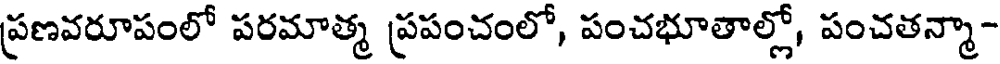
ప్రణవరూపంలో పరమాత్మ ప్రపంచంలో, పంచభూతాల్లో, పంచతన్మా-